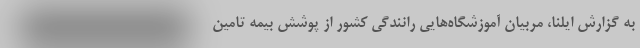
به گزارش ایلنا، مربیان آموزشگاه‌هایی رانندگی کشور از پوشش بیمه تامین